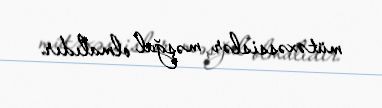
mütəxəssislər məşğul olmalıdır.